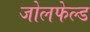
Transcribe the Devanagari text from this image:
जोलफेल्ड